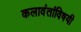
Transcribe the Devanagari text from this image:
कलावंतांविषयी